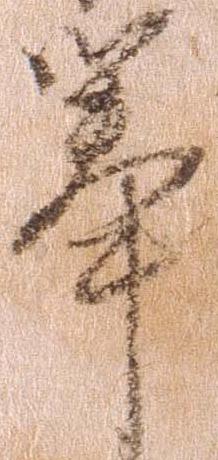
挙